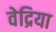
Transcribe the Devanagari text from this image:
वेद्रिया